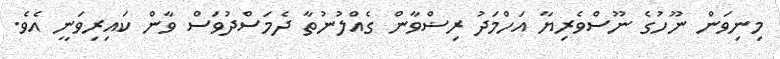
މިނިވަން ނޫހުގެ ނޫސްވެރިޔާ އަހްމަދު ރިޟްވާން ގެއްލުނުތާ ދެމަސްދުވަސް ވާން ކައިރިވަނީ އެވެ.